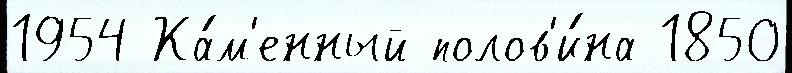
1954 Ка́м'енный полов'и́на 1850